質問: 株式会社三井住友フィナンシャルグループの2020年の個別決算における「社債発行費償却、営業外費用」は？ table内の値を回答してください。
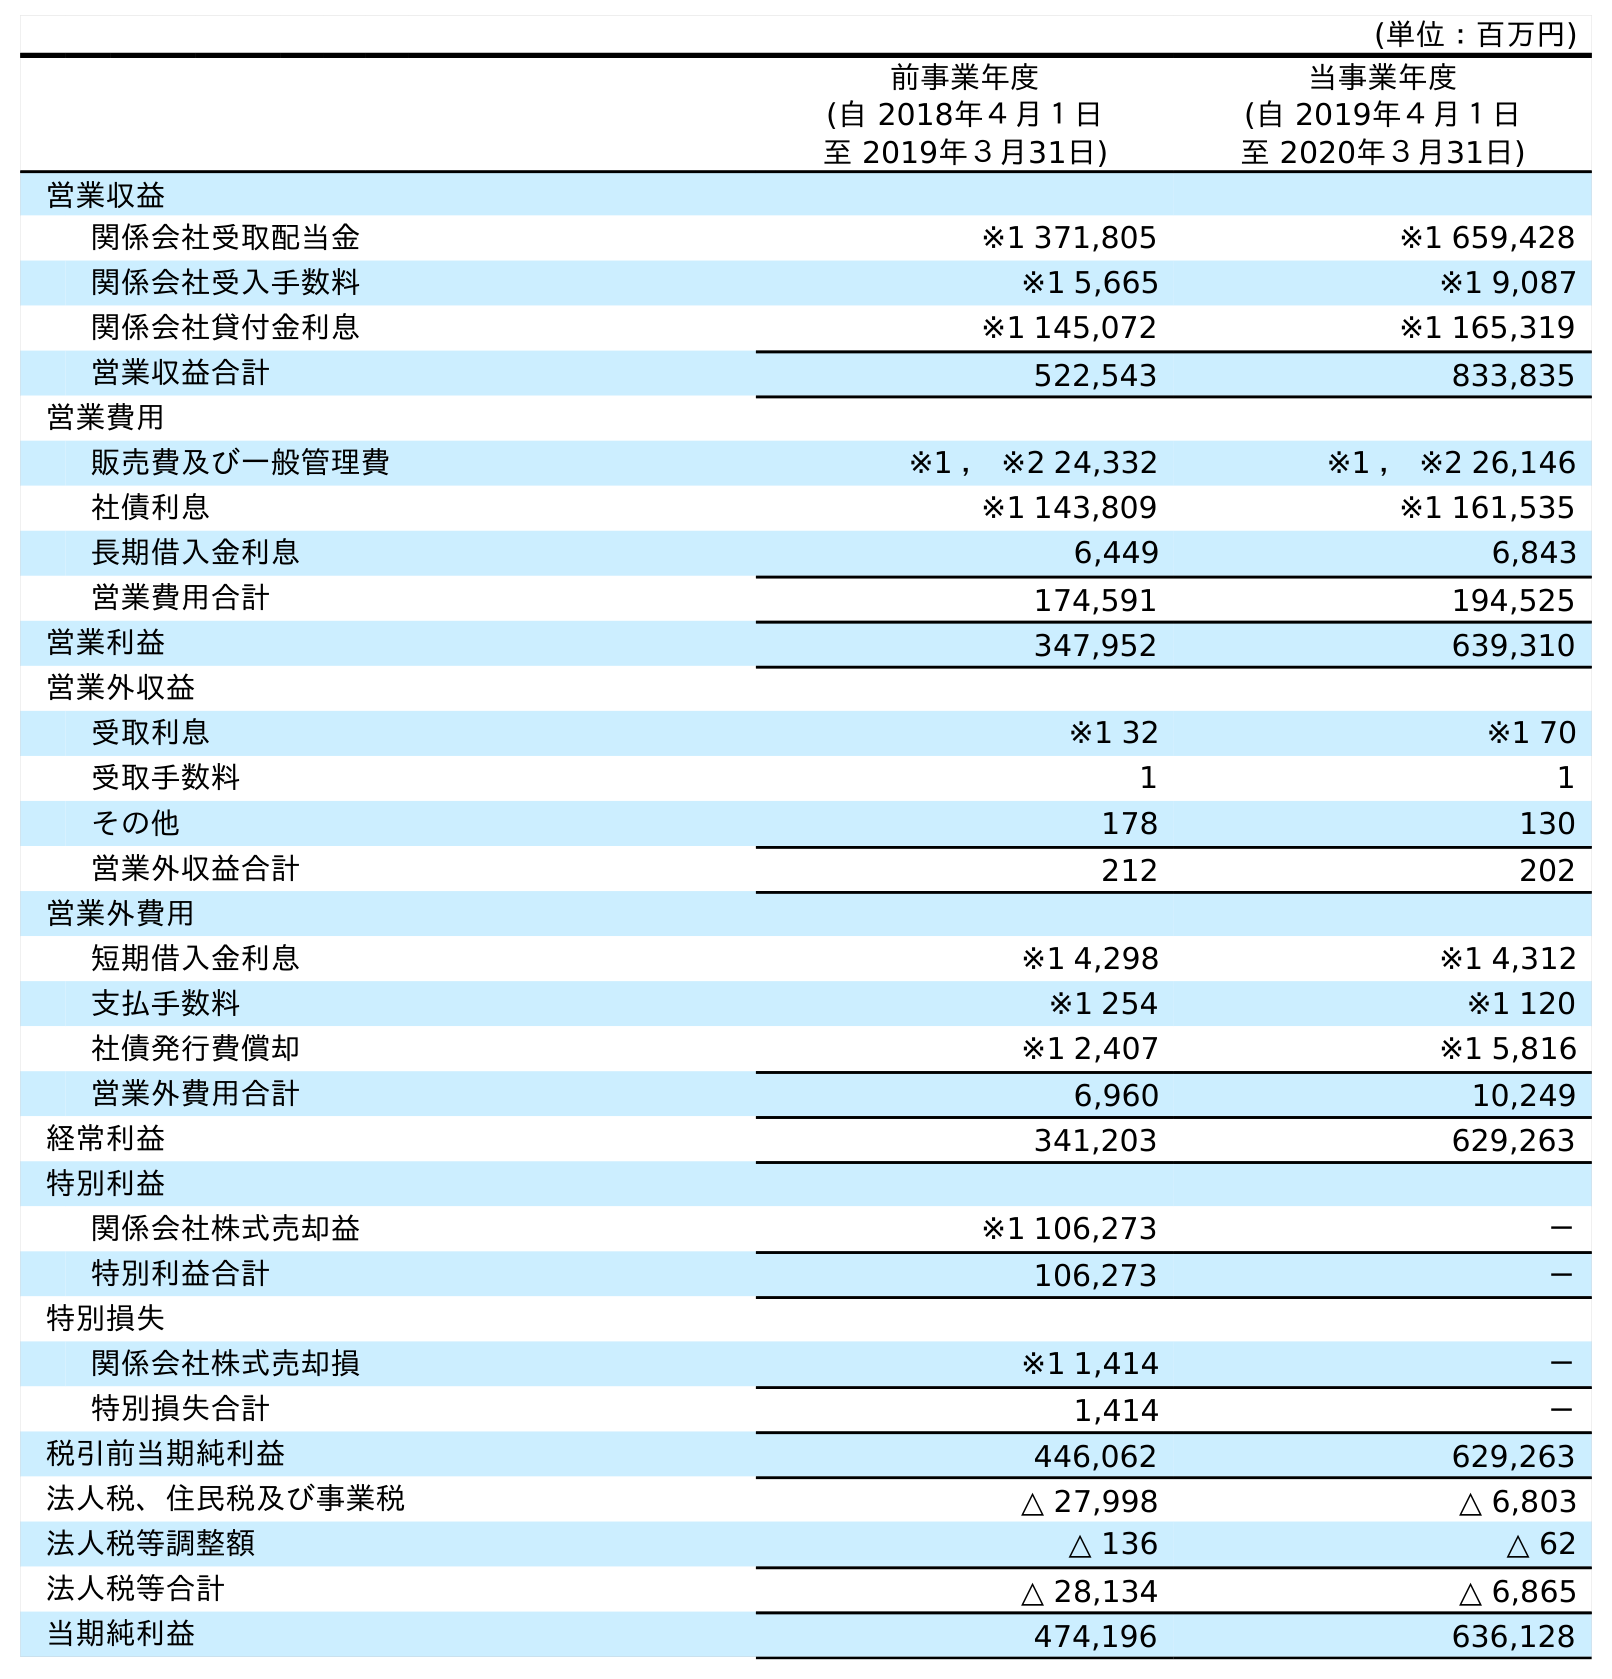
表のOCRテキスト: (単位：百万円) 前事業年度 (自 2018年４月１日 至 2019年３月31日) 当事業年度 (自 2019年４月１日 至 2020年３月31日) 営業収益 関係会社受取配当金 ※1 371,805 ※1 659,428 関係会社受入手数料 ※1 5,665 ※1 9,087 関係会社貸付金利息 ※1 145,072 ※1 165,319 営業収益合計 522,543 833,835 営業費用 販売費及び一般管理費 ※1 ， ※2 24,332 ※1 ， ※2 26,146 社債利息 ※1 143,809 ※1 161,535 長期借入金利息 6,449 6,843 営業費用合計 174,591 194,525 営業利益 347,952 639,310 営業外収益 受取利息 ※1 32 ※1 70 受取手数料 1 1 その他 178 130 営業外収益合計 212 202 営業外費用 短期借入金利息 ※1 4,298 ※1 4,312 支払手数料 ※1 254 ※1 120 社債発行費償却 ※1 2,407 ※1 5,816 営業外費用合計 6,960 10,249 経常利益 341,203 629,263 特別利益 関係会社株式売却益 ※1 106,273 － 特別利益合計 106,273 － 特別損失 関係会社株式売却損 ※1 1,414 － 特別損失合計 1,414 － 税引前当期純利益 446,062 629,263 法人税、住民税及び事業税 △ 27,998 △ 6,803 法人税等調整額 △ 136 △ 62 法人税等合計 △ 28,134 △ 6,865 当期純利益 474,196 636,128
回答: ※15,816